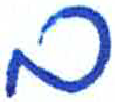
אות: ם